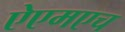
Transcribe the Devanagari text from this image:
ऐएमएच